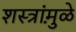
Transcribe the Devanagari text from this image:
शस्त्रांमु़ळे